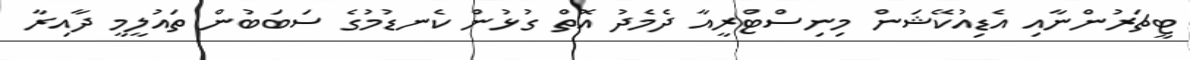
ޓީޗަރުންނާއި އެޑިއުކޭޝަން މިނިސްޓްރީއާ ދެމެދު އޮތް ގުޅުން ކެނޑުމުގެ ސަބަބުން ތައުލީމީ ދާއިރާ